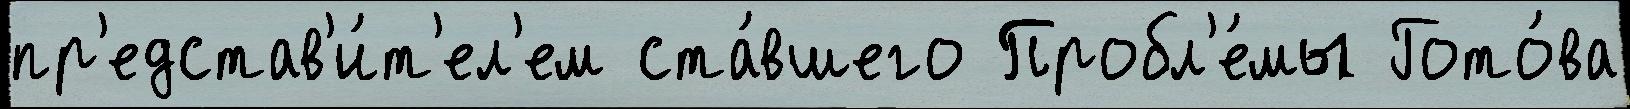
пр'едстав'и́т'ел'ем ста́вшего Пробл'е́мы Гото́ва